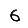
Digit: 6